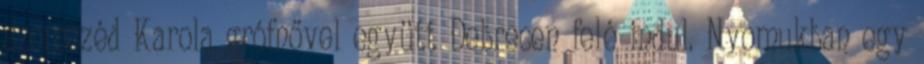
szomszéd Karola grófnővel együtt Debrecen felé indul. Nyomukban egy